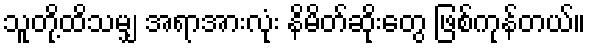
သူတို့ထိသမျှ အရာအားလုံး နိမိတ်ဆိုးတွေ ဖြစ်ကုန်တယ်။